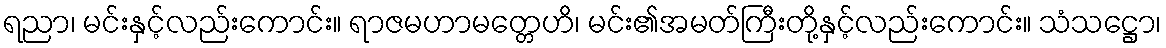
ရညာ၊ မင်းနှင့်လည်းကောင်း။ ရာဇမဟာမတ္တေဟိ၊ မင်း၏အမတ်ကြီးတို့နှင့်လည်းကောင်း။ သံသဋ္ဌော၊